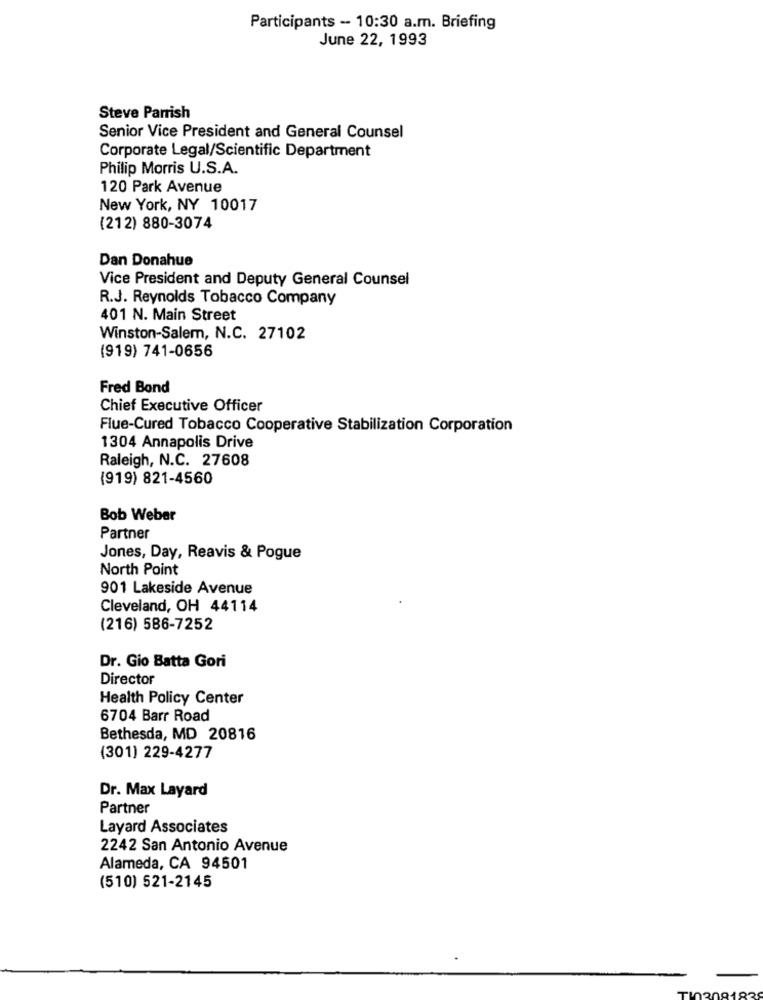
Participants - 10:30 a.m. Briefing
June 22, 1993
Steve Parrish
Senior Vice President and General Counsel
Corporate Legal/Scientific Department
Philip Morris U.S.A.
120 Park Avenue
New York, NY 10017
(212) 880-3074
Dan Donahue
Vice President and Deputy General Counsel
R.J. Reynolds Tobacco Company
401 N. Main Street
Winston-Salem, N.C. 27102
(919) 741-0656
Fred Bond
Chief Executive Officer
Flue-Cured Tobacco Cooperative Stabilization Corporation
1304 Annapolis Drive
Raleigh, N.C. 27608
(919) 821-4560
Bob Weber
Partner
Jones, Day, Reavis & Pogue
North Point
901 Lakeside Avenue
Cleveland, OH 44114
(216) 586-7252
Dr. Gio Batta Gori
Director
Health Policy Center
6704 Barr Road
Bethesda, MD 20816
(301) 229-4277
Dr. Max Layard
Partner
Layard Associates
2242 San Antonio Avenue
Alameda, CA 94501
(510) 521-2145